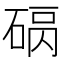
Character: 𥓠